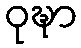
ဝုဍ္ဎာ